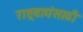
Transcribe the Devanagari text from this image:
राष्ट्रवाद्यंसाठी